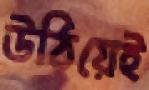
উঠিয়েই